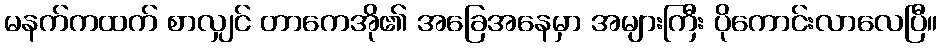
မနက်ကထက် စာလျှင် တာကေအို၏ အခြေအနေမှာ အများကြီး ပိုကောင်းလာလေပြီ။